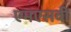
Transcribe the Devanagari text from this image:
एमएसवी